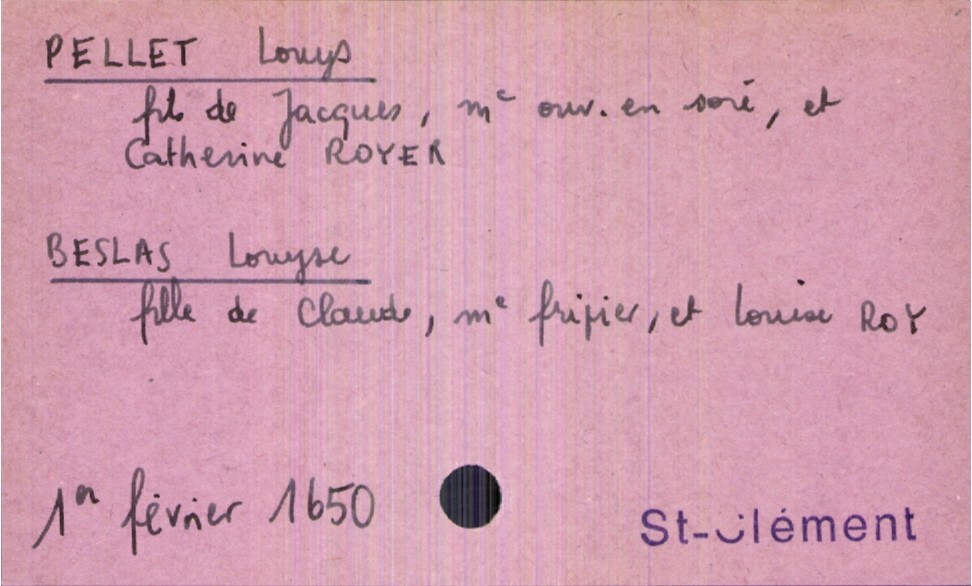
type_acte: Mariage
année: 1650
mois: février
jour: 1er
paroisse: Saint Clément
marié_nom: Pellet
marié_prénom: Louys
père_marié_nom: Pellet
père_marié_prénom: Louys
père_marié_profession: maître ouvrier en soie
mère_marié_nom: Royer
mère_marié_prénom: Catherine
mariée_nom: Beslas
mariée_prénom: Louyse
père_mariée_nom: Beslas
père_mariée_prénom: Claude
père_mariée_profession: maître fripier
mère_mariée_nom: Roy
mère_mariée_prénom: Louise